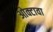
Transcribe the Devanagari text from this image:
ओक्टावा